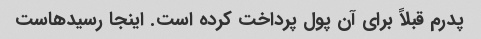
پدرم قبلاً برای آن پول پرداخت کرده است. اینجا رسیدهاست